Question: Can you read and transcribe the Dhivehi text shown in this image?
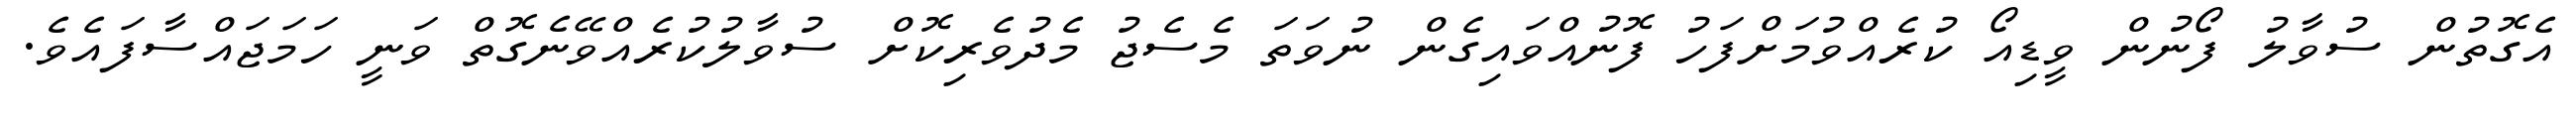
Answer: އެގޮތުން ސުވާލު ފޯނުން ވީޑިއޯ ކުރެއްވުމަށްފަހު ފޮނުއްވައިގެން ނުވަތަ މެސެޖު މެދުވެރިކޮށް ސުވާލުކުރެއްވޭނެގޮތް ވަނީ ހަމަޖައްސާފައެވެ.